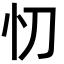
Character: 忉